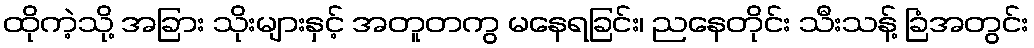
ထိုကဲ့သို့ အခြား သိုးများနှင့် အတူတကွ မနေရခြင်း၊ ညနေတိုင်း သီးသန့် ခြံအတွင်း